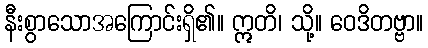
နီးစွာသောအကြောင်းရှိ၏။ ဣတိ၊ သို့။ ဝေဒိတဗ္ဗာ။